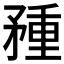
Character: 𥍽